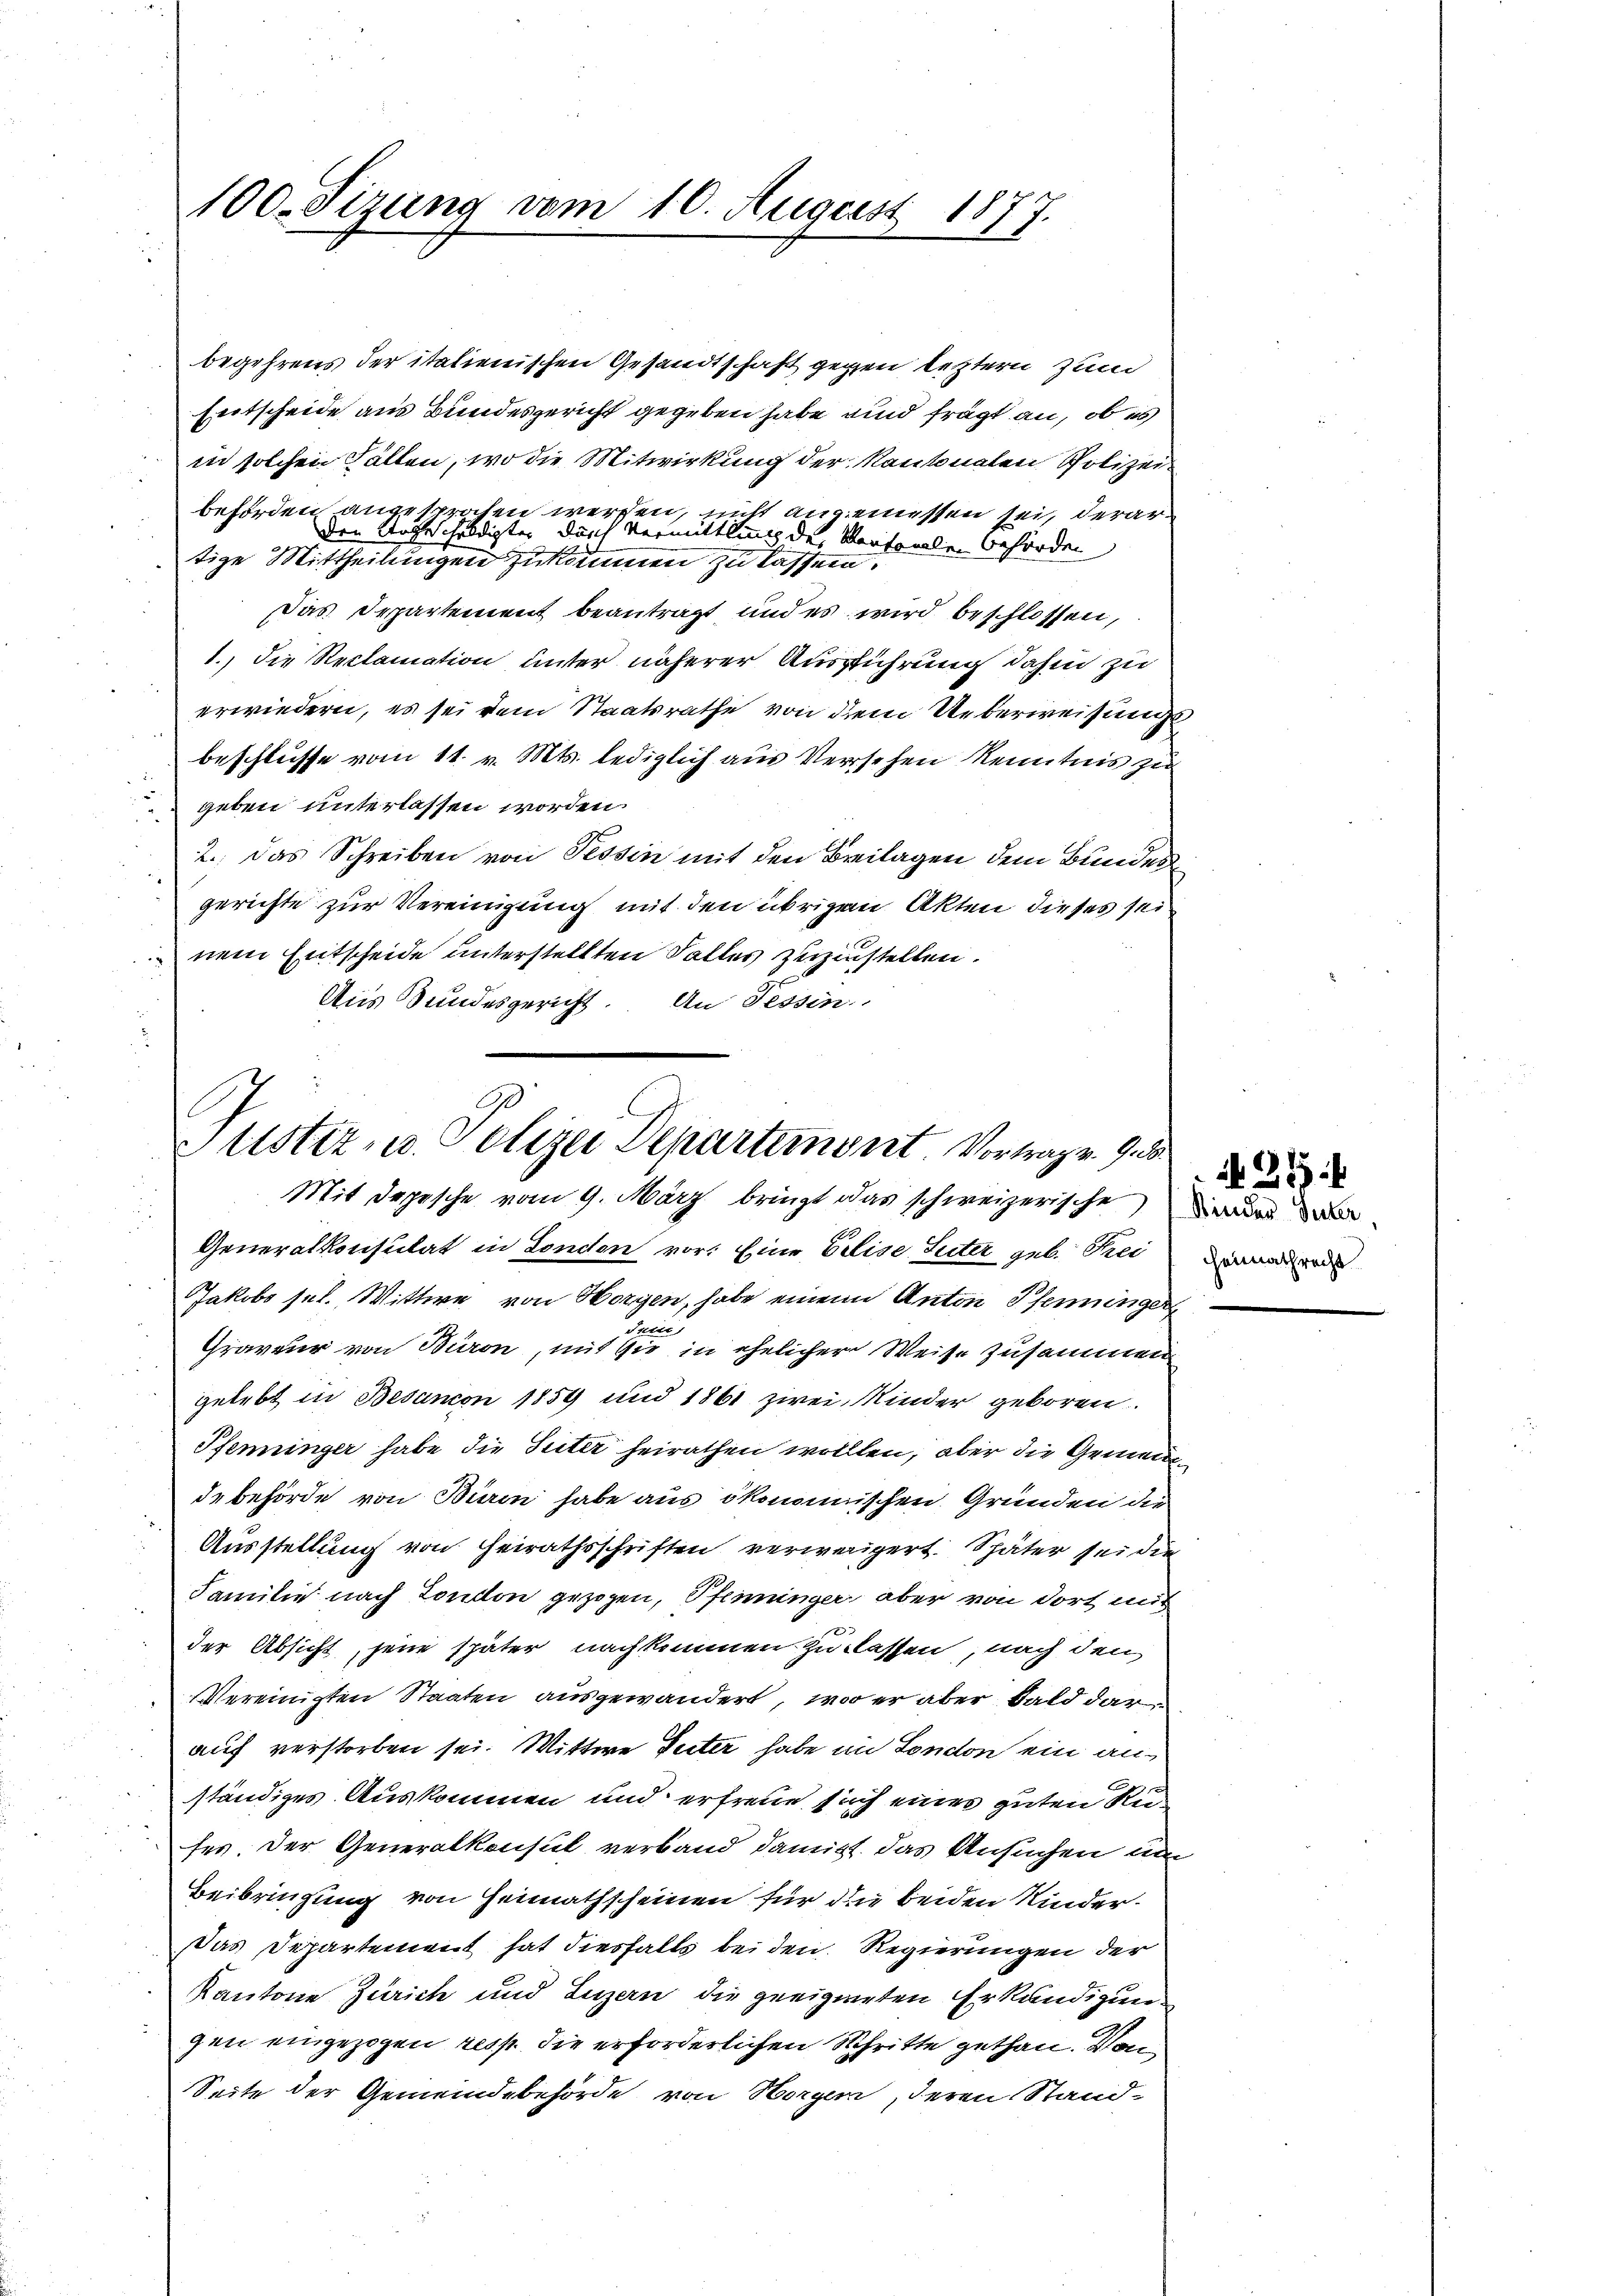
100. Sizung vom 10. August 1877.

begehrens der italienischen Gesandtschaft gegen leztern zum
Entscheide aus Bundesgericht gegeben habe und frägt an, ob es
in solchen Fällen, wo die Mitwirkung der Kantonalen Polizeibeförden angesprochen werfen, nicht angemessen sei, derar¬
u
den Ungeschuldigten durch Vermittlung der Kantonale Behörden
tige Mittheilungen zukommen zu lassen.
Das Departement beantragt und es wird beschlossen,
1., die Reclamation unter näherer Ausführung dahin zu
erwiedern, es sei dem Staatsrathe von dem Ueberweisungs
beschlusse vom 11. v. Mts. lediglich aus Versehen Kenntnis zu
geben unterlassen worden.
2.) Das Schreiben von Tessin mit den Breilagen dem Bundes
gerichte zur Vereinigung mit den übrigen Akten dieses sein
nem Entscheide unterstellten Falles zuzustellen.
Aus Bundesgericht. An Tessin

Justiz- u. Polizei Departement Vortrage se
Mit Depesche vom 9. März bringt das schweizerische

Generalkonsulat in London vor: Eine Erise Suter geb. Frei
Jakobo sel. Wittwe von Horgen, habe einem Anton Pfenninger,
den
Graveur von Büron, mit sie in ehelicher Weise zusammen
gelebt in Besamon 1859 und 1861 zwei Kinder geboren.
Pfenninger habe die Seiter heirathen wollten, aber die Gemeindebehörde von Büren habe aus ökonomischen Gründen die
Ausstellung von Heirathsschriften verweigert. Später sei die
Familie nach London gezogen, Pfenninger, aber von dort mit
der Absicht, jene später nachkommen zu lassen, nach den
Vereinigten Staaten ausgewandert, wo er aber bald darauf verstorben sei. Wittwe Seiter habe in London ein anständiges Auskommen und erfreue sich eines guten Rufes. Der Generalkonsul verband damit das Ansuchen un
Beibringung von Heimathscheinen für die beiden Kinder¬
Das Departement hat diesfalls bei den Regierungen der
Kantone Zürich und Luzern die geeigneten Erkundigung
gen eingezogen resp. die erforderlichen Schritte gethan. Von
Seite der Gemeindebehörde von Horgen, deren Stand¬

Kinder Suter,
heimathrecht